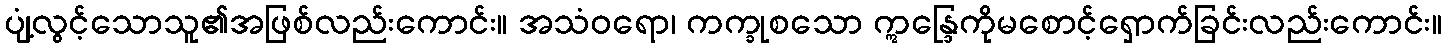
ပျံ့လွင့်သောသူ၏အဖြစ်လည်းကောင်း။ အသံဝရော၊ ကက္ခုစသော ဣန္ဒြေကိုမစောင့်ရှောက်ခြင်းလည်းကောင်း။